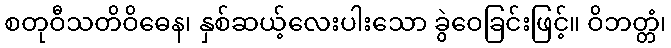
စတုဝီသတိဝိဓေန၊ နှစ်ဆယ့်လေးပါးသော ခွဲဝေခြင်းဖြင့်။ ဝိဘတ္တံ၊